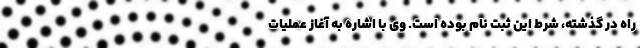
راه در گذشته، شرط این ثبت نام بوده است. وی با اشاره به آغاز عملیات